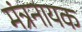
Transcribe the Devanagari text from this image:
मंत्रनायक